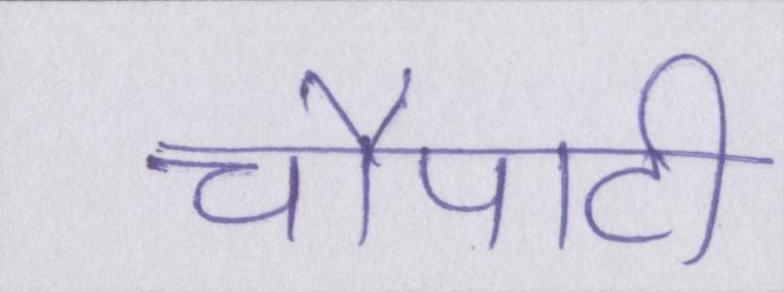
चौपाटी